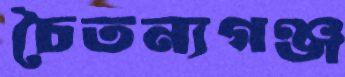
চৈতন্যগঞ্জ